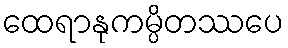
ထေရာနုကမ္ပိတဿပေ